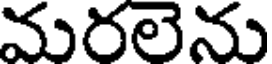
మరలెను